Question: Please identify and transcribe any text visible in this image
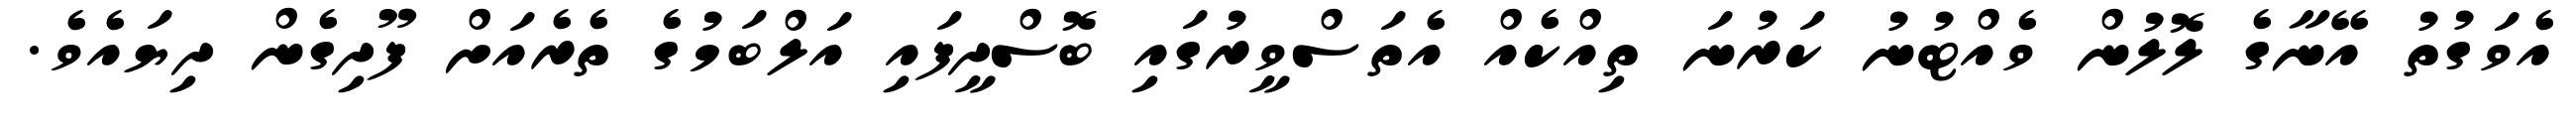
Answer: އެވަގުތު އޭނާގެ ލޮލުން ވެއްޓުނު ކަރުނަ ތިއްކެއް އެތަސްވީރުގައި ބޮސްދީފައި އަލްބަމުގެ ތެރެއަށް ފޫދިގެން ދިޔައެވެ.